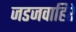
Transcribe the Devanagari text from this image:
जडजवाहिरे